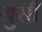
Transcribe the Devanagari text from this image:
युसी